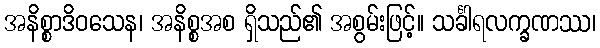
အနိစ္စာဒိဝသေန၊ အနိစ္စအစ ရှိသည်၏ အစွမ်းဖြင့်။ သင်္ခါရလက္ခဏဿ၊